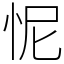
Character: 怩